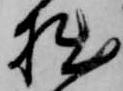
拙